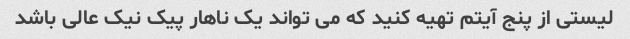
لیستی از پنج آیتم تهیه کنید که می تواند یک ناهار پیک نیک عالی باشد